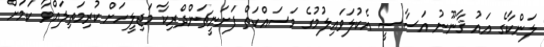
ލަންކާގެ އައު ޤާނޫނު އަސާސީ އެކުލަވައިލުމުގެ މަސައްކަތް ފަށަނީޗަންދްރިކާ މަޖިލީހަށް ކުރިމަތިލައްވާ ކަމަށް